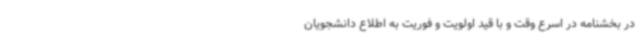
در بخشنامه در اسرع وقت و با قید اولویت و فوریت به اطلاع دانشجویان